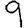
Digit: 9